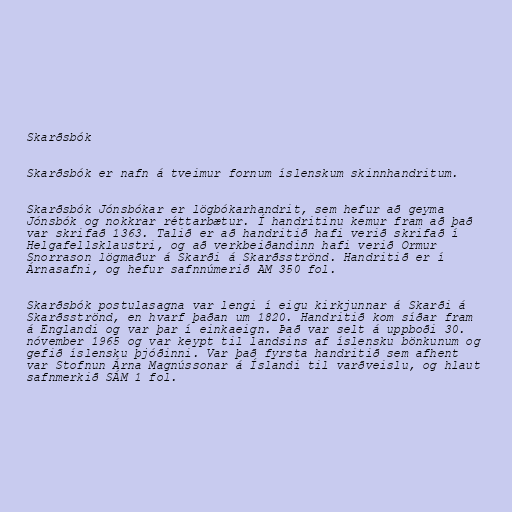
Skarðsbók

Skarðsbók er nafn á tveimur fornum íslenskum skinnhandritum.

Skarðsbók Jónsbókar er lögbókarhandrit, sem hefur að geyma
Jónsbók og nokkrar réttarbætur. Í handritinu kemur fram að það
var skrifað 1363. Talið er að handritið hafi verið skrifað í
Helgafellsklaustri, og að verkbeiðandinn hafi verið Ormur
Snorrason lögmaður á Skarði á Skarðsströnd. Handritið er í
Árnasafni, og hefur safnnúmerið AM 350 fol.

Skarðsbók postulasagna var lengi í eigu kirkjunnar á Skarði á
Skarðsströnd, en hvarf þaðan um 1820. Handritið kom síðar fram
á Englandi og var þar í einkaeign. Það var selt á uppboði 30.
nóvember 1965 og var keypt til landsins af íslensku bönkunum og
gefið íslensku þjóðinni. Var það fyrsta handritið sem afhent
var Stofnun Árna Magnússonar á Íslandi til varðveislu, og hlaut
safnmerkið SÁM 1 fol.